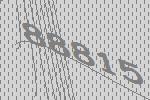
88815